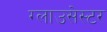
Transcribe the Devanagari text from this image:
ग्लाउसेस्टर